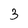
Character: 3